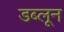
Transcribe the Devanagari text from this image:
डब्लून